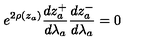
e ^ { 2 \rho ( z _ { a } ) } \frac { d z _ { a } ^ { + } } { d \lambda _ { a } } \frac { d z _ { a } ^ { - } } { d \lambda _ { a } } = 0